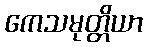
ကေသမုတ္တိယာ